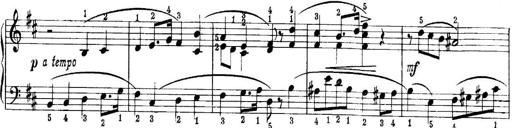
Title: Quatres sonatines
Composer: Tadeusz Joteyko